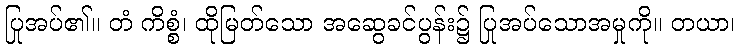
ပြုအပ်၏။ တံ ကိစ္စံ၊ ထိုမြတ်သော အဆွေခင်ပွန်း၌ ပြုအပ်သောအမှုကို။ တယာ၊